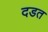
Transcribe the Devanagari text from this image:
दडत